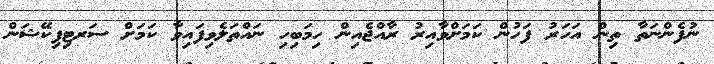
ނުފެންނަތާ ތިން އަހަރު ފަހުން ކަމަށްވާއިރު ރާއްޖެއިން ހިމަބިހި ނައްތަލެވިފައިވާ ކަމަށް ސަރޓިފިކޭޝަން